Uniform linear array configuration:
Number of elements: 16
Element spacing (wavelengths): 0.25
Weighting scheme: uniform
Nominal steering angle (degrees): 60
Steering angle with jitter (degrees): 60.63
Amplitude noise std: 0.05
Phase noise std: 0.05

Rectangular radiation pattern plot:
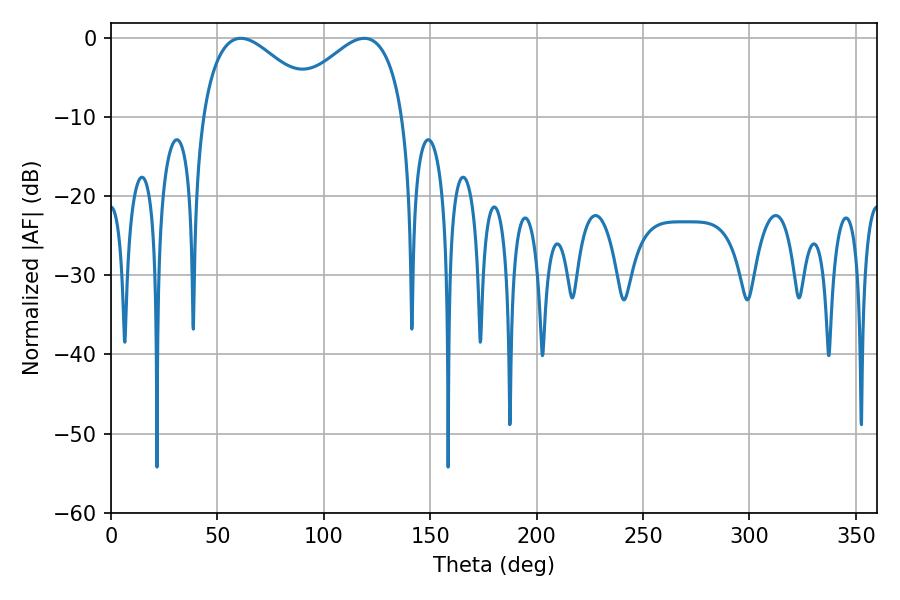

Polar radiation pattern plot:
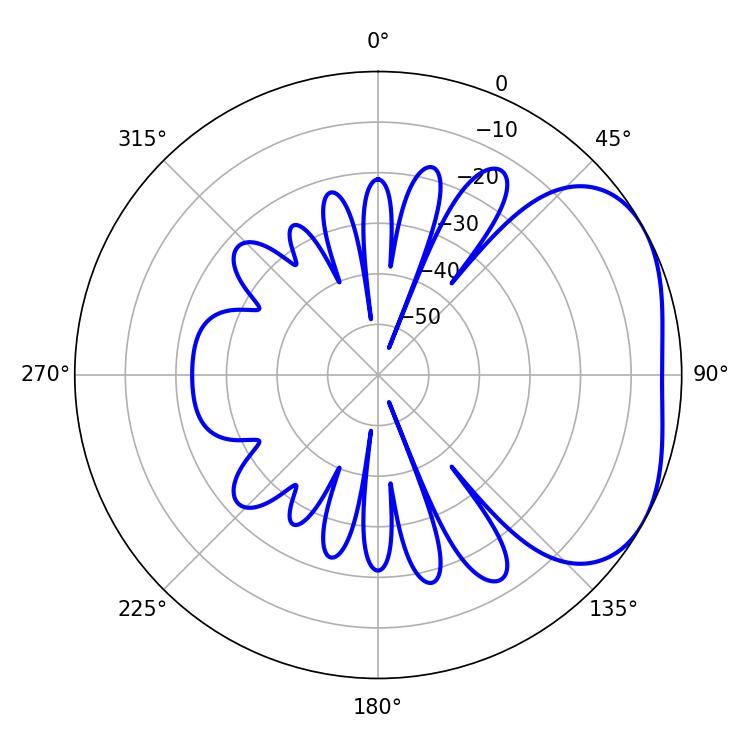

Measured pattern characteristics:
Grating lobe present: FALSE
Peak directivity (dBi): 3.222
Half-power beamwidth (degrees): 30.42
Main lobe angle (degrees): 61.02